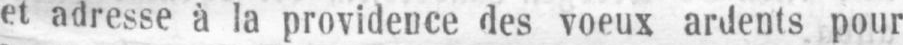
et adresse à la providence des voeux ardents pour